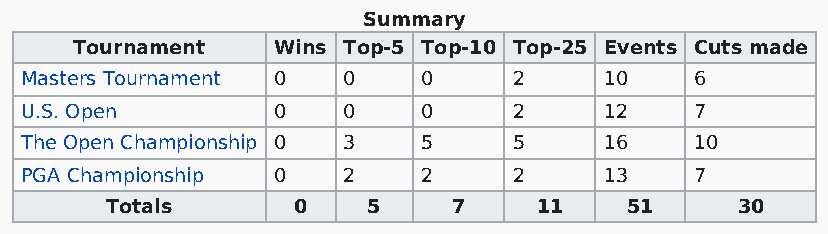
Summary
 Tournament   Wins Top-5 Top-10 Top-25 Events Cuts made
 Masters Tournament 0  0    0     2     10    6
 U.S. Open        0    0    0     2     12    7
 The Open Championship 0 3  5     5     16    10
 PGA Championship 0    2    2     2     13    7
 Totals      0    5     7    11    51      30